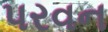
પરવન